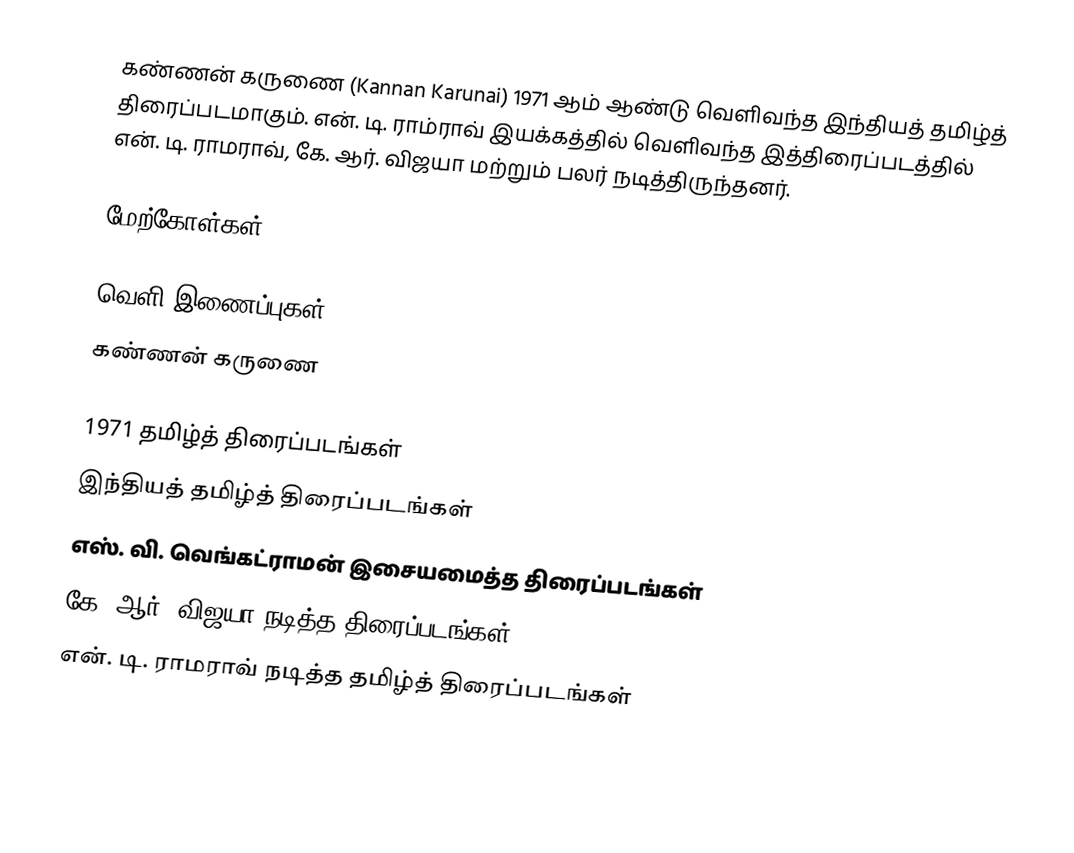
கண்ணன் கருணை (Kannan Karunai) 1971 ஆம் ஆண்டு வெளிவந்த இந்தியத் தமிழ்த் திரைப்படமாகும். என். டி. ராம்ராவ் இயக்கத்தில் வெளிவந்த இத்திரைப்படத்தில் என். டி. ராமராவ், கே. ஆர். விஜயா மற்றும் பலர் நடித்திருந்தனர்.

மேற்கோள்கள்

வெளி இணைப்புகள்
கண்ணன் கருணை

1971 தமிழ்த் திரைப்படங்கள்
இந்தியத் தமிழ்த் திரைப்படங்கள்
எஸ். வி. வெங்கட்ராமன் இசையமைத்த திரைப்படங்கள்
கே. ஆர். விஜயா நடித்த திரைப்படங்கள்
என். டி. ராமராவ் நடித்த தமிழ்த் திரைப்படங்கள்